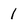
Character: 1